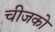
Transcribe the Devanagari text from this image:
चीजको